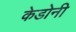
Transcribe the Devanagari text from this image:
केडोनी